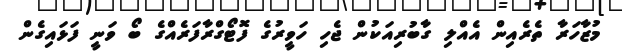
މުޒާހަރާ ތެރެއިން އެއްލި ގާބުރިއަކުން ޖެހި ހަވީރުގެ ފޮޓޯގްރާފަރެއްގެ ބޯ ވަނީ ފަޅައިގެން